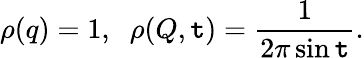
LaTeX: \rho(q)=1,\; \; \rho(Q,\mathtt{t})={\frac{{1}}{{2\pi\sin\mathtt{t}}}}.